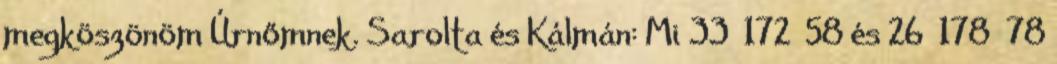
megköszönöm Úrnőmnek. Sarolta és Kálmán: Mi 33 172 58 és 26 178 78